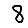
Digit: 8